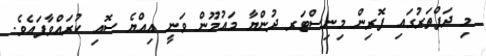
މި ދަފްތަރުގައި ފޮރިން މިނިސްޓަރ ދުންޔާ މައުމޫން ވަނީ އިއްޔެ ސޮއި ކުރައްވާފައެވެ.